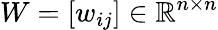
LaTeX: W=[w_{ij}]\in\mathbb{R}^{n\times n}